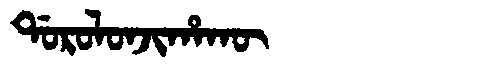
Manchu: ᡩᠣᡵᠣᠯᠣᠨᠵᡳᡥᠠᡴᡡ
Romanization: DOROLONJIHAKŪ